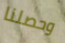
وحصلنا